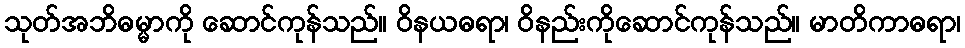
သုတ်အဘိဓမ္မာကို ဆောင်ကုန်သည်။ ဝိနယဓရာ၊ ဝိနည်းကိုဆောင်ကုန်သည်။ မာတိကာဓရာ၊